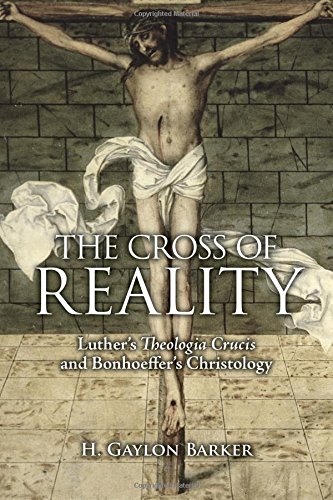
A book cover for The Cross of Reality: Luther's Theologia Crucis and Bonhoeffer's Christology; H. Gaylon Barker; Christian Books & Bibles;